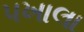
પખાલા